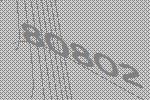
80802